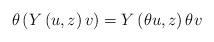
LaTeX: \begin{align*}\theta\left(Y\left(u,z\right)v\right)=Y\left(\theta u,z\right)\theta v\end{align*}